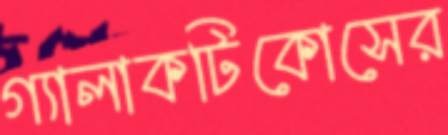
গ্যালাকটিকোসের